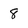
Character: 8